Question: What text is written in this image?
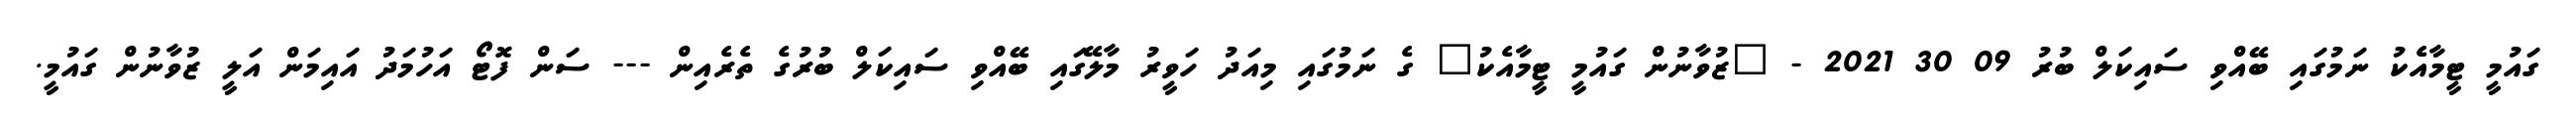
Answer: ގައުމީ ޓީމާއެކު ނަމުގައި ބޭއްވި ސައިކަލް ބުރު 09 30 2021 - "ޒުވާނުން ގައުމީ ޓީމާއެކު" ގެ ނަމުގައި މިއަދު ހަވީރު މާލޭގައި ބޭއްވި ސައިކަލް ބުރުގެ ތެރެއިން --- ސަން ފޮޓޯ އަހުމަދު އައިމަން އަލީ ޒުވާނުން ގައުމީ.